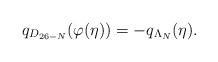
LaTeX: \begin{align*}q_{D_{26-N}}(\varphi(\eta))=-q_{\Lambda_N}(\eta).\end{align*}